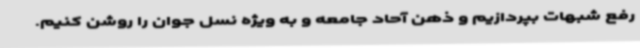
رفع شبهات بپردازیم و ذهن آحاد جامعه و به ویژه نسل جوان را روشن کنیم.